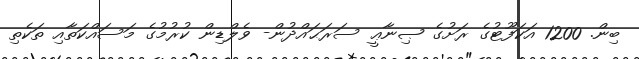
ބިން. 1200 އަކަފޫޓުގެ ރަށުގެ ޞިނާޢީ ސަރަޙައްދުން- ވެލްޑިން ކުރުމުގެ މަސައްކަތާއި ތަކެތި